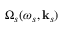
\Omega _ { s } ( \omega _ { s } , \mathbf { k } _ { s } )